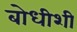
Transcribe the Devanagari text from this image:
बोधीशी